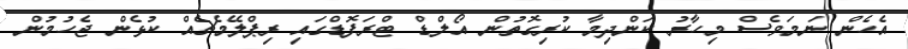
އެހެން ނަމަވެސް މިހާރު ކަންދިމާ ކުރިގޮތުން އޯލްޑް ޓްރަފޮޑްގައި ރިޕްލޭމެޗެއް ކުޅެން ޖެހުމުން